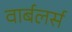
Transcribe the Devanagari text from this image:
वार्बलर्स